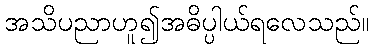
အသိပညာဟူ၍အဓိပ္ပါယ်ရလေသည်။